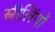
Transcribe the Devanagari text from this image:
स्त्रीलिंगों